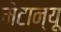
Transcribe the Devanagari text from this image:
मेटान्यू